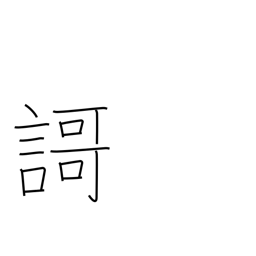
Meaning: tanka